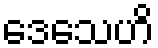
ဒေသေဟိ